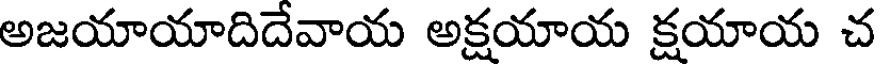
అజయాయాదిదేవాయ అక్షయాయ క్షయాయ చ